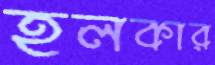
হলকার